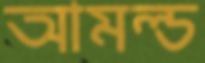
আমল্ড